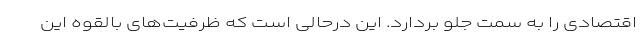
اقتصادی را به سمت جلو بردارد. این درحالی است که ظرفیت‌های بالقوه این